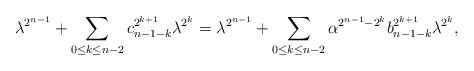
LaTeX: \begin{gather*}\lambda^{2^{n-1}} + \sum\limits_{0\leq k\leq n-2} c_{n-1-k}^{2^{k+1}} \lambda^{2^k} = \lambda^{2^{n-1}} + \sum\limits_{0\leq k\leq n-2} \alpha^{2^{n-1}-2^k}b_{n-1-k}^{2^{k+1}} \lambda^{2^k},\end{gather*}